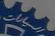
السيارات